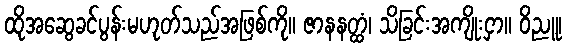
ထိုအဆွေခင်ပွန်းမဟုတ်သည်အဖြစ်ကို။ ဇာနနတ္ထံ၊ သိခြင်းအကျိုးငှာ။ ဝိညူ၊